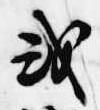
或